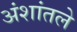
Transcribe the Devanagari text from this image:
अंशांतले